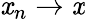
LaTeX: \mathit{x}_{n}\rightarrow\mathit{x}